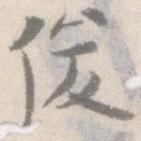
俊